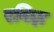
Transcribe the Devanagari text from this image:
रविझ